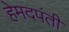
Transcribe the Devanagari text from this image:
हेमदपंती